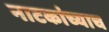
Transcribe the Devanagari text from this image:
नाटकांच्याच